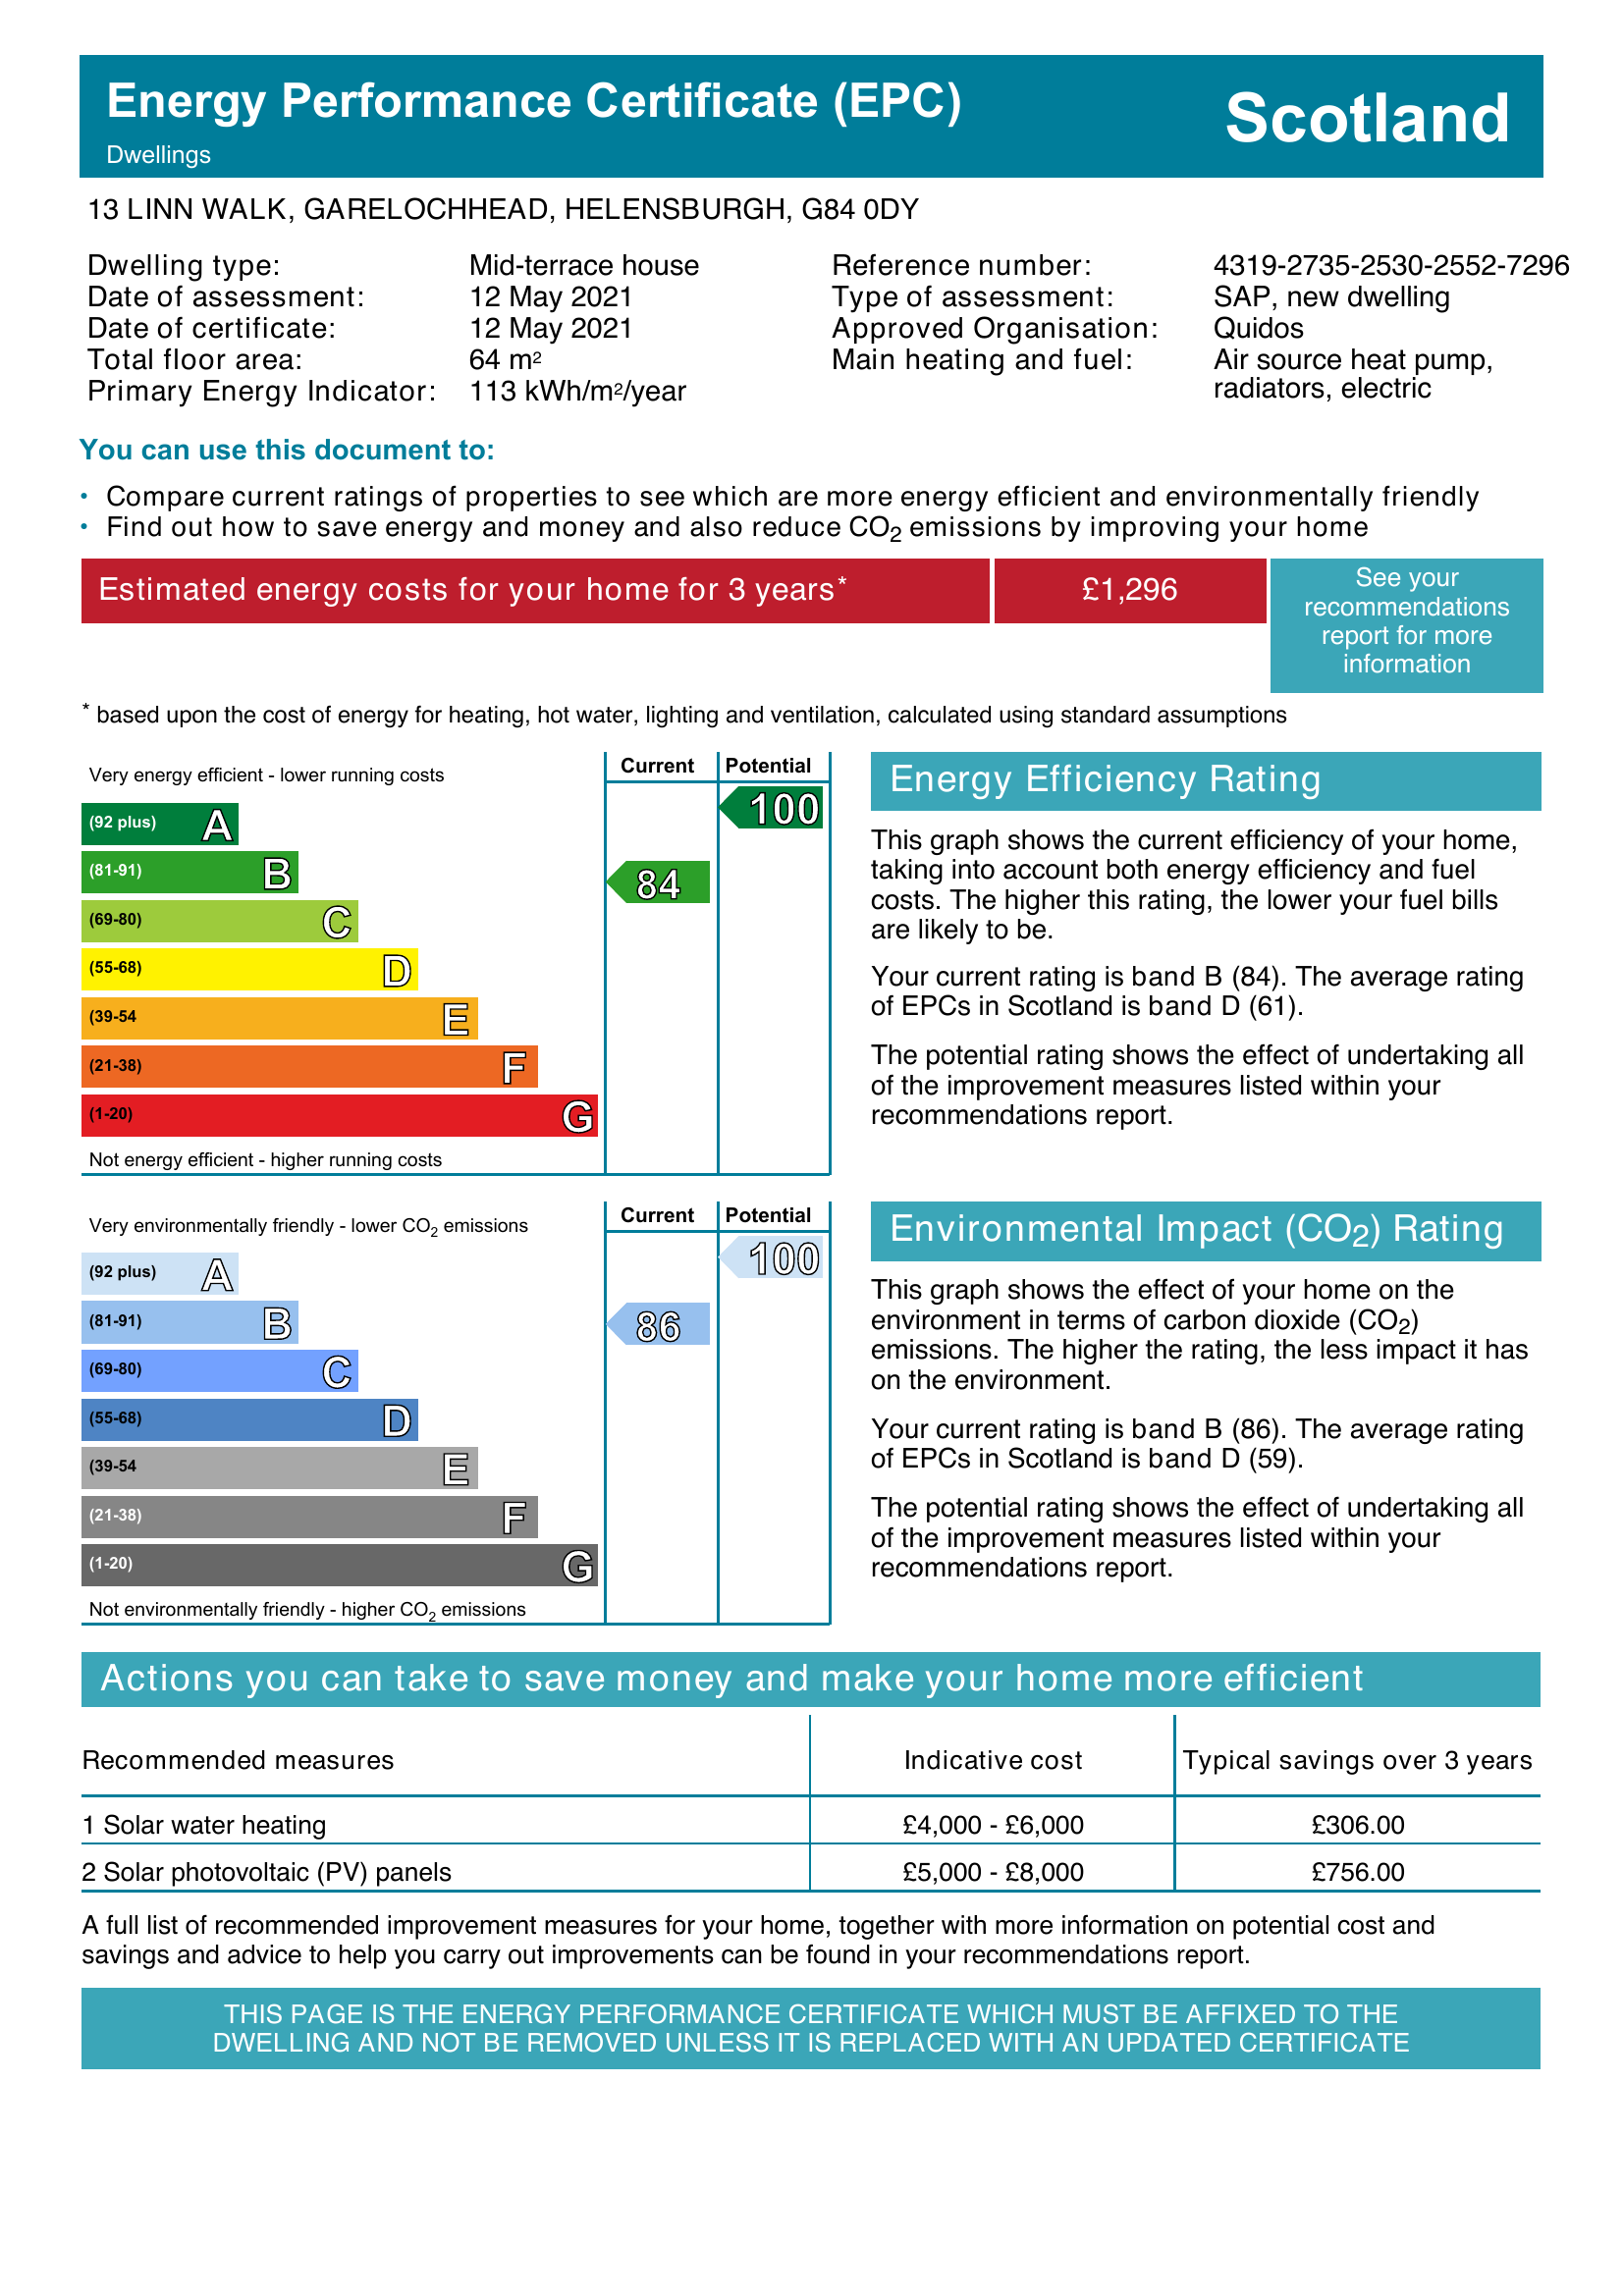
Current energy efficiency rating: B (score 84)
Potential energy efficiency rating: A (score 100)
Current environmental impact (CO2) rating: B (score 86)
Potential environmental impact (CO2) rating: A (score 100)